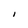
Character: I